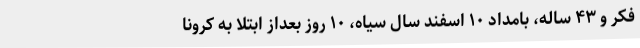
فکر و ۴۳ ساله، بامداد ۱۰ اسفند سال سیاه، ۱۰ روز بعداز ابتلا به کرونا